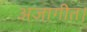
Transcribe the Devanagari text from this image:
अजागीत।